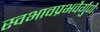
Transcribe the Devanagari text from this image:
स्वभावप्रभवैर्गुणैः